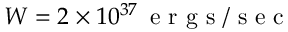
W = 2 \times 1 0 ^ { 3 7 } \, \mathrm { ~ e ~ r ~ g ~ s ~ / ~ s ~ e ~ c ~ }